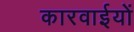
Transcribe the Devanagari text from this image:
कारवाईयों